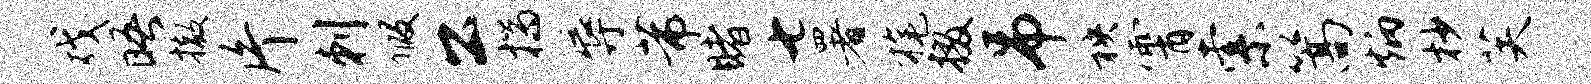
戏晤撤片刺假公揣辱芾睹七署旄掇吊秧霄索篙炳杪芙